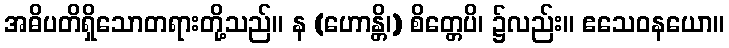
အဓိပတိရှိသောတရားတို့သည်။ န (ဟောန္တိ၊) စိတ္တေပိ၊ ၌လည်း။ ဧသေဝနယော။